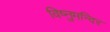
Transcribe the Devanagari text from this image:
विष्नुमन्दिर